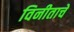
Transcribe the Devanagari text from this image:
विनीताचे